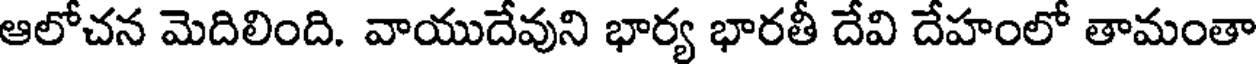
ఆలోచన మెదిలింది. వాయుదేవుని భార్య భారతీ దేవి దేహంలో తామంతా